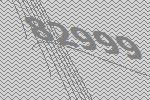
82999